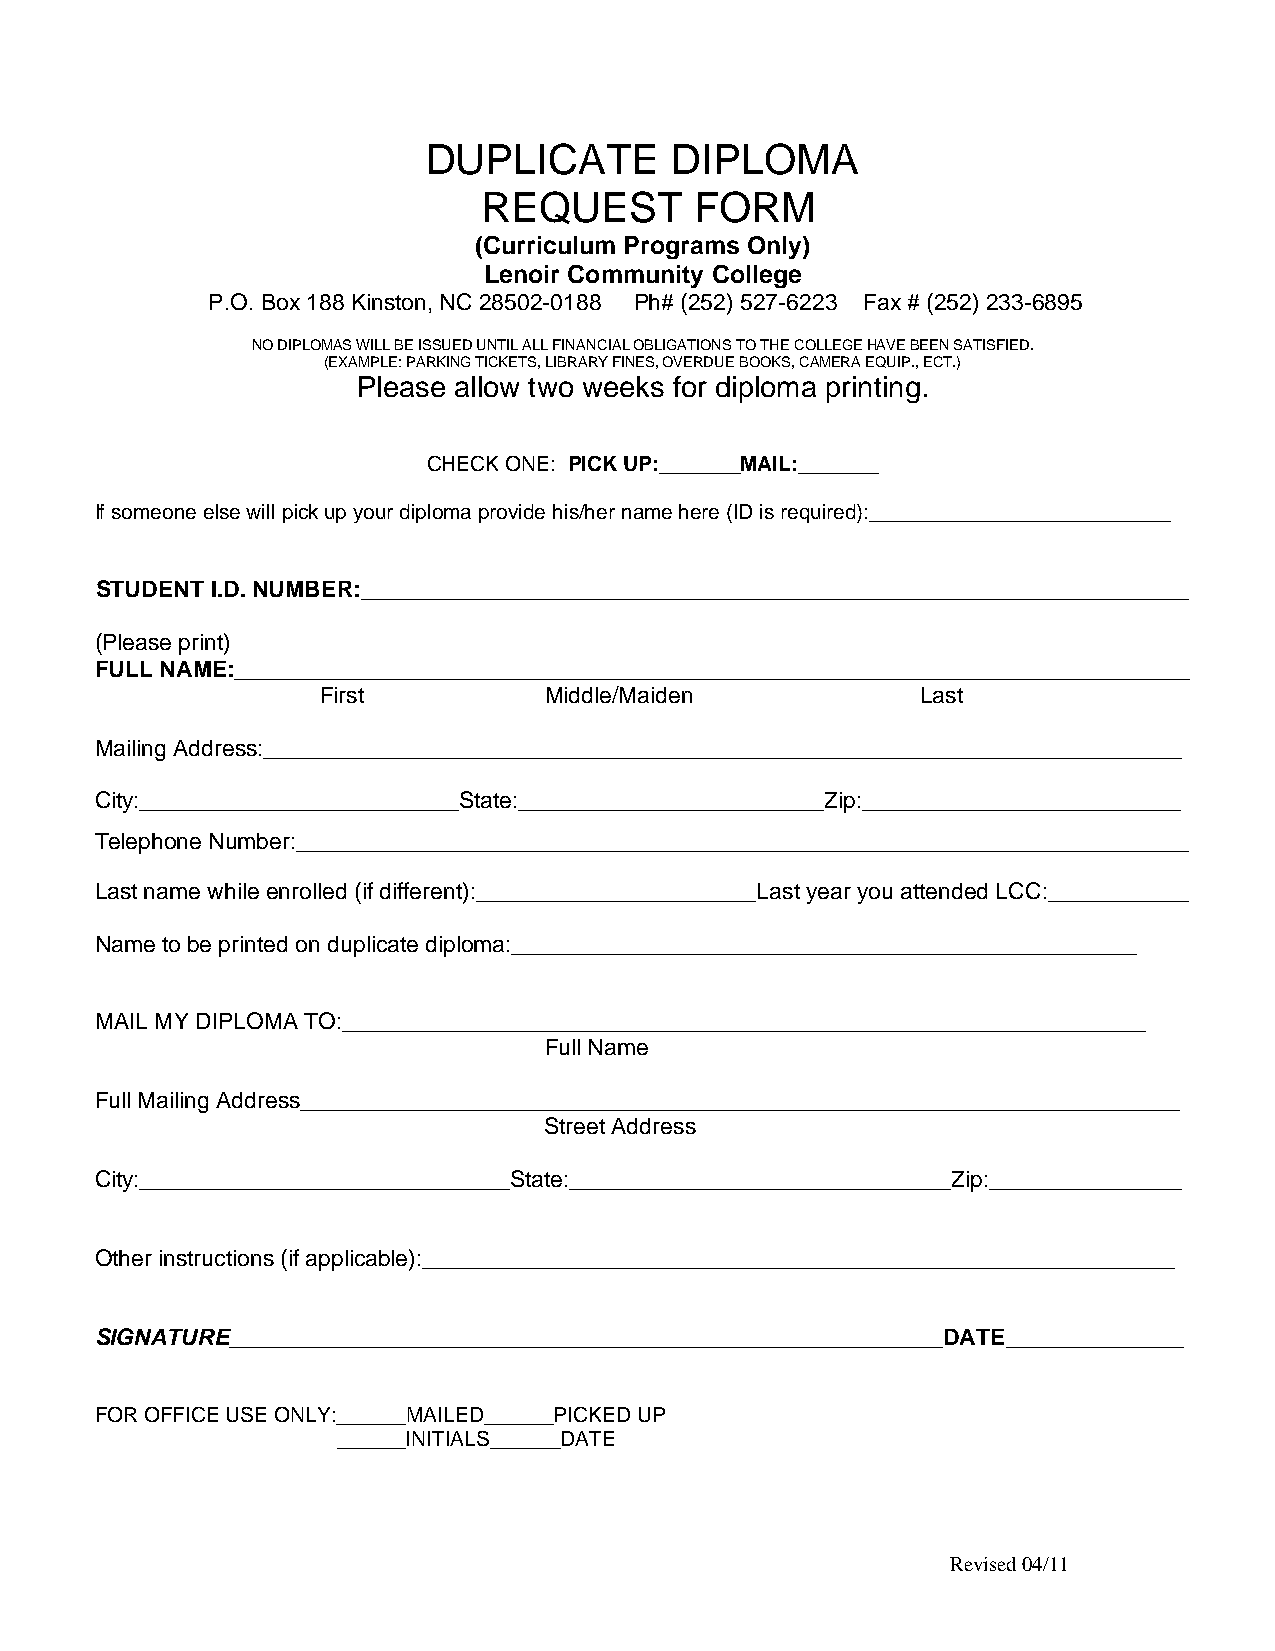
DUPLICATE       DIPLOMA
 REQUEST       FORM
 (Curriculum Programs Only)
 Lenoir Community College
 P.O. Box 188 Kinston, NC 28502-0188 Ph# (252) 527-6223 Fax # (252) 233-6895
 NO DIPLOMAS WILL BE ISSUED UNTIL ALL FINANCIAL OBLIGATIONS TO THE COLLEGE HAVE BEEN SATISFIED.
 (EXAMPLE: PARKING TICKETS, LIBRARY FINES, OVERDUE BOOKS, CAMERA EQUIP., ECT.)
 Please allow two weeks for diploma printing.
 CHECK ONE: PICK UP:_______MAIL:_______
 If someone else will pick up your diploma provide his/her name here (ID is required):__________________________
 STUDENT I.D. NUMBER:_________________________________________________________________
 (Please print)
 FULL NAME:___________________________________________________________________________
 First          Middle/Maiden            Last
 Mailing Address:________________________________________________________________________
 City:_________________________State:________________________Zip:_________________________
 Telephone Number:______________________________________________________________________
 Last name while enrolled (if different):______________________Last year you attended LCC:___________
 Name to be printed on duplicate diploma:_________________________________________________
 MAIL MY DIPLOMA TO:_______________________________________________________________
 Full Name
 Full Mailing Address_____________________________________________________________________
 Street Address
 City:_____________________________State:______________________________Zip:_______________
 Other instructions (if applicable):___________________________________________________________
 SIGNATURE________________________________________________________DATE______________
 FOR OFFICE USE ONLY:______MAILED______PICKED UP
 ______INITIALS______DATE
 Revised 04/11